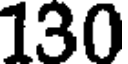
130